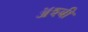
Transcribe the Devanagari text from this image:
ॲश्बी